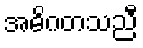
အဓိဂတသညီ